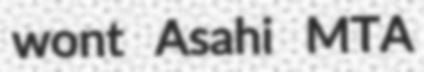
wont Asahi MTA